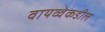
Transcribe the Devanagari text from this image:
वायव्वेकडील